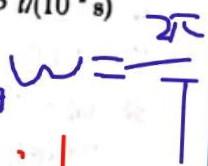
\omega = \frac { 2 \pi } { T }